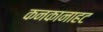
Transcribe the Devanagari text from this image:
कनकानाहट